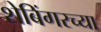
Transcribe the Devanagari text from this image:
शेबिंगरच्या